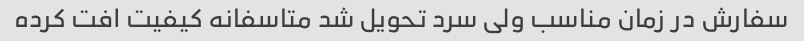
سفارش در زمان مناسب ولی سرد تحویل شد متاسفانه کیفیت افت کرده